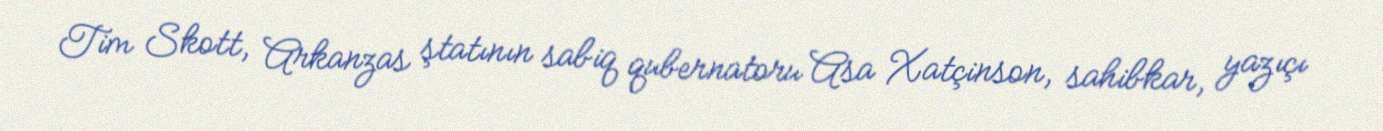
Tim Skott, Arkanzas ştatının sabiq qubernatoru Asa Xatçinson, sahibkar, yazıçı